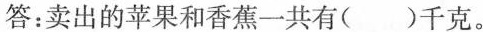
答：卖出的苹果和香蕉一共有( )千克。